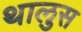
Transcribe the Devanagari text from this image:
थालुस